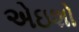
એઇશો